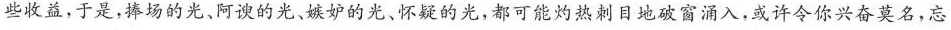
些收益，于是，捧场的光、阿谀的光、嫉妒的光、怀疑的光，都可能灼热刺目地破窗涌入，或许令你兴奋莫名，忘